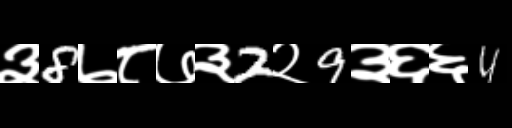
Text: ३8७८७३2२9३६६4